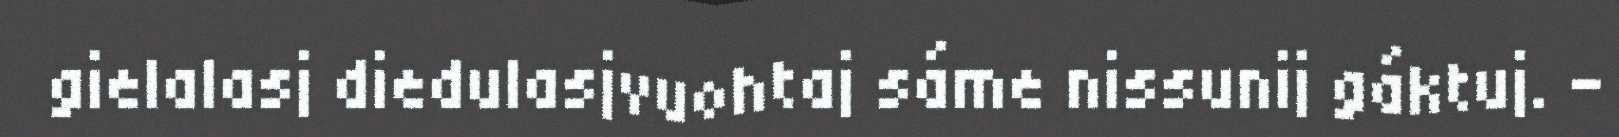
gielalasj diedulasjvuohtaj sáme nissunij gáktuj. -